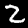
Digit: 2